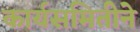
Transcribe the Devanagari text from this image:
कार्यसमितीने